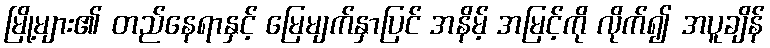
မြို့များ၏ တည်နေရာနှင့် မြေမျက်နှာပြင် အနိမ့် အမြင့်ကို လိုက်၍ အပူချိန်